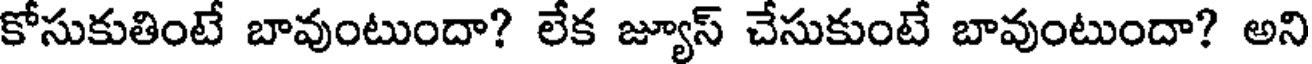
కోసుకుతింటే బావుంటుందా? లేక జ్యూస్ చేసుకుంటే బావుంటుందా? అని